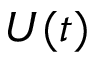
U ( t )